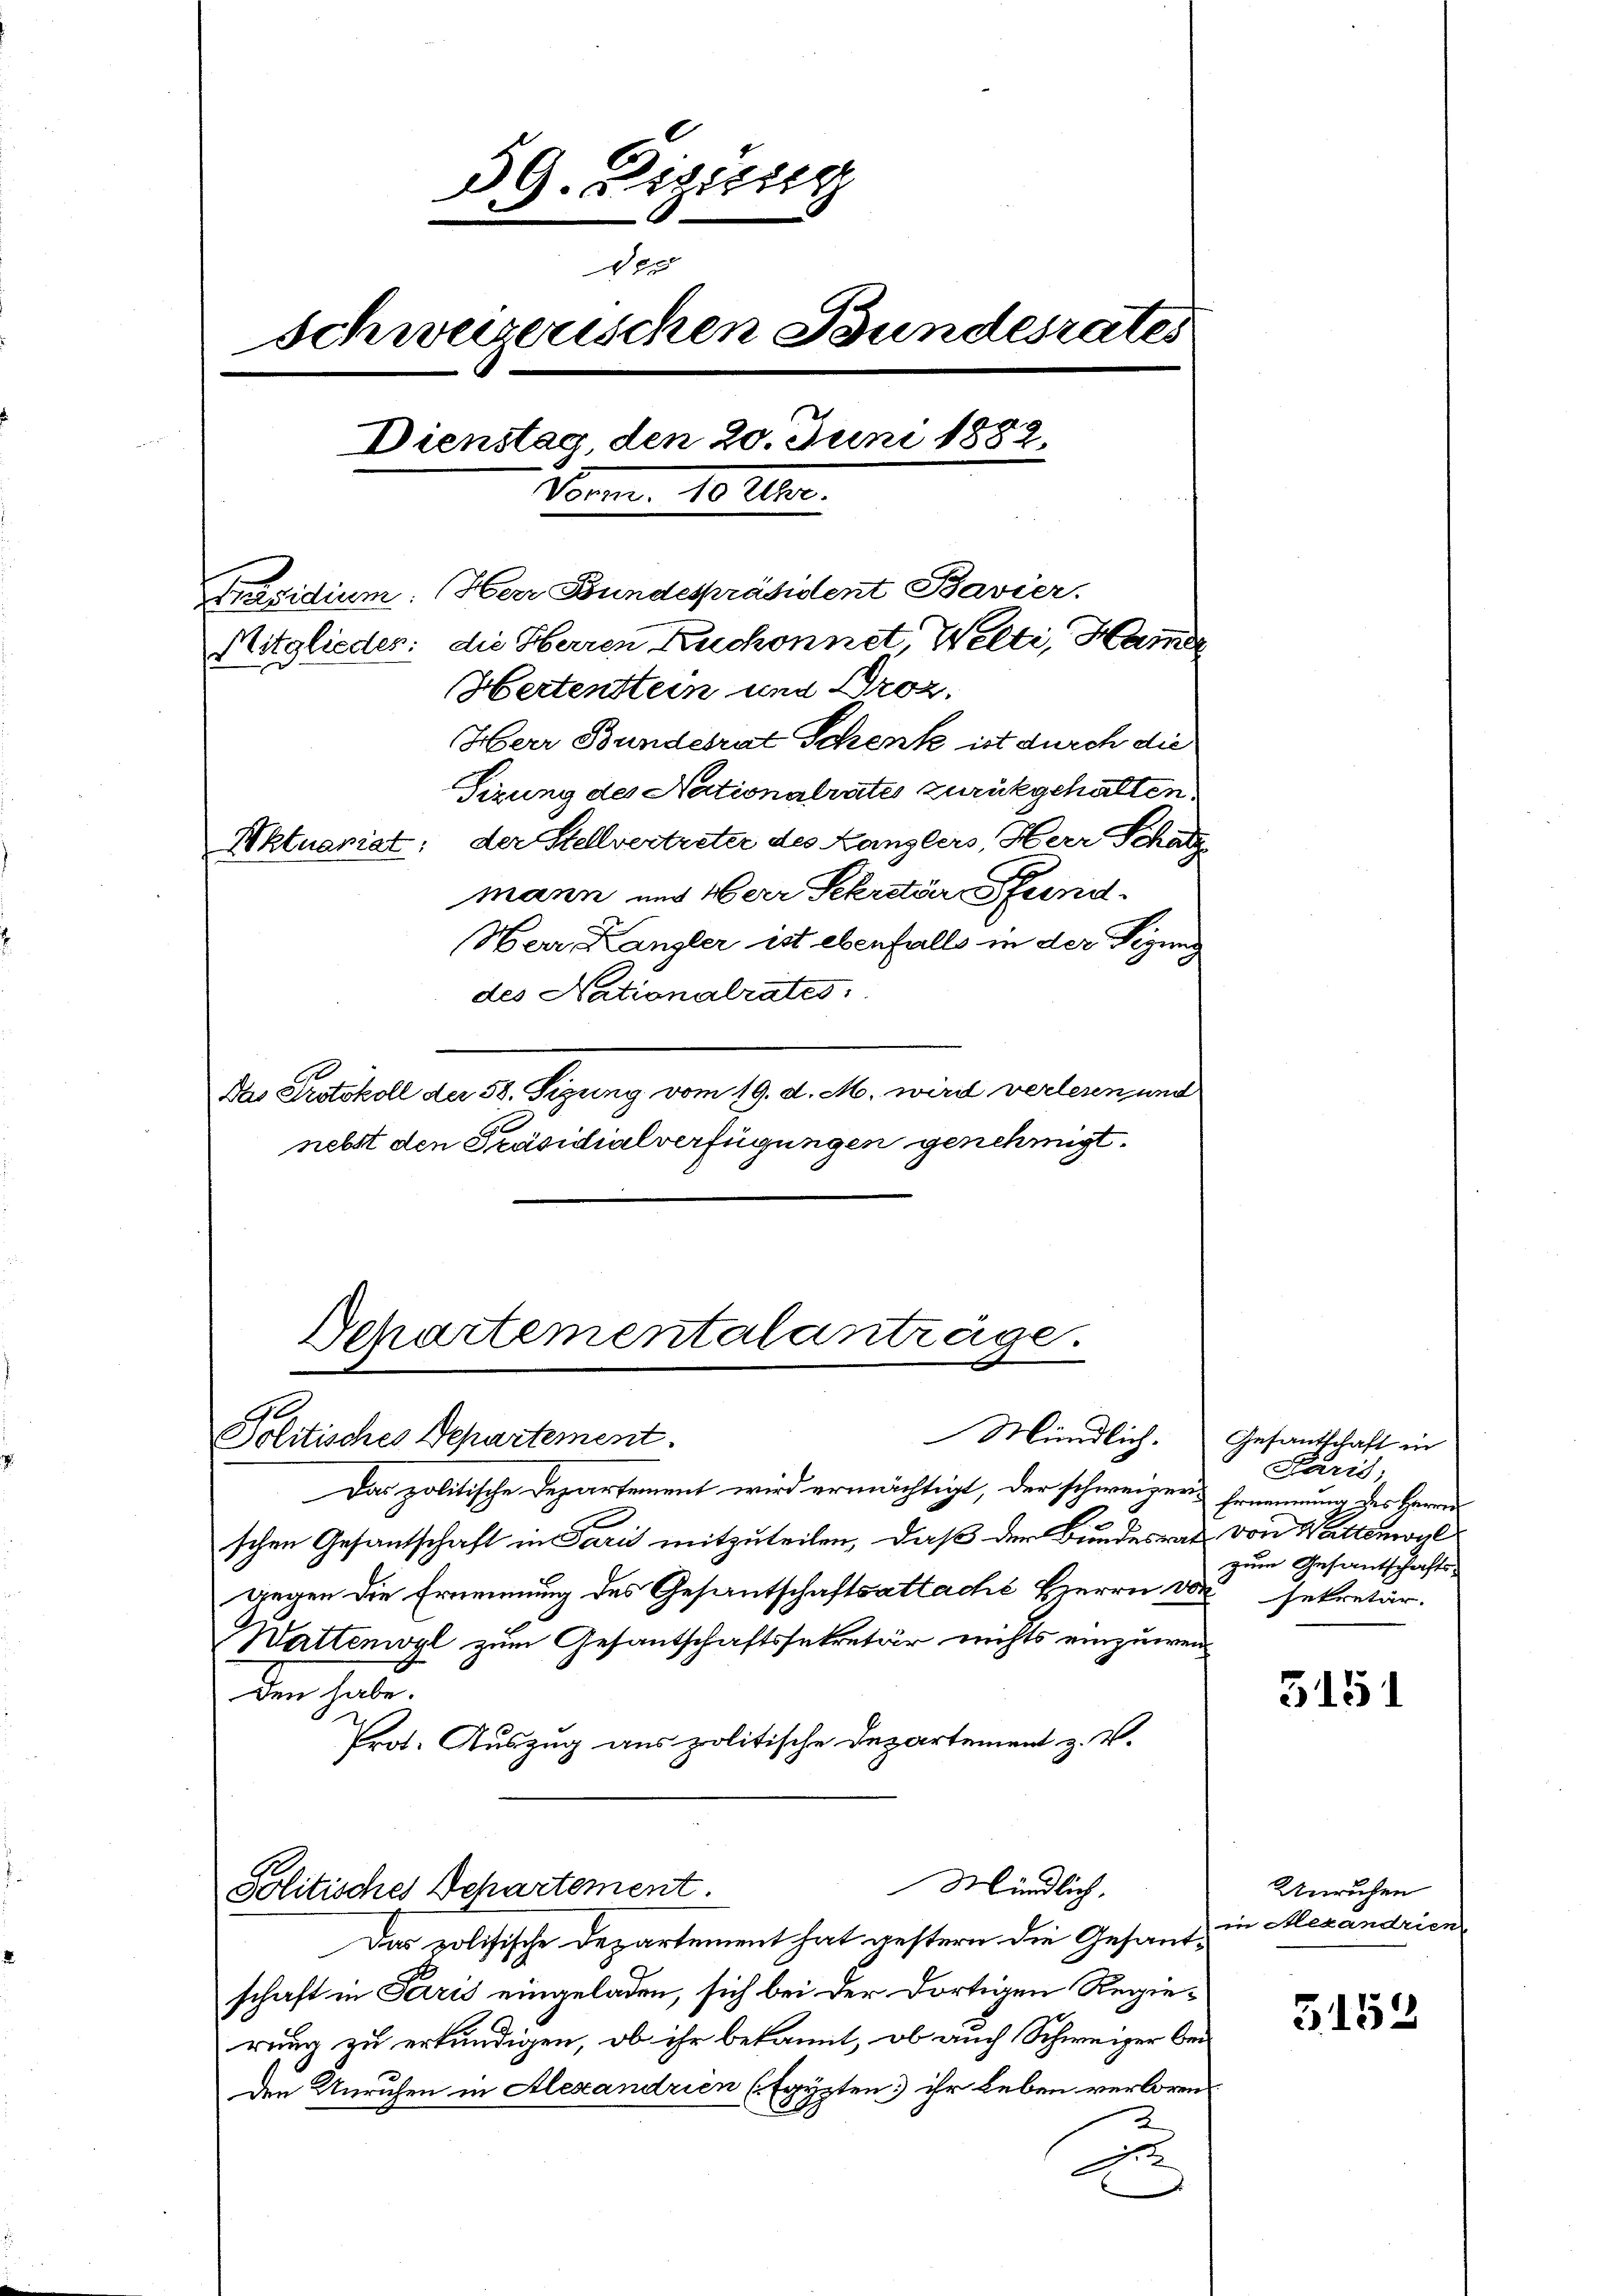
59. Diezing
der
Schweizerischen Bundesrates
Dienstag, den 20. Juni 1882.
Vorm. 10 Uhr.
Präsidium. Herr Bundespräsident Bavier.
Mitglieder: die Herren Ruchonnet, Welti, Hamer
Hertenstein und Droz.
Herr Bundesrat Schenk ist durch die
Sizung des Nationalrates zurükgehalten.
Aktuariat: der Stellvertreter des Kanzlers, Herr Schatz
mann und Herr Sekretär Pfand.

Herr Kanzler ist ebenfalls in der Tegung
des Nationalrates
Das Protokoll der 58. Sizung vom 19. d. M. wird verlesen und
nebst den Präsidialverfügungen genehmigt.

Schartementalanträge.
d
Mündlich.
Politisches Departement.

Das politische Departement wird ermächtigt, der schweizen Ernennung des Herrn
schen Gesantschaft in Paris mitzuteilen, daß der Bundesrat von Wettswohl
gegen die Erümmung des Gesantschaftsattache Herrn vor sekretär.
Wattenwyl zum Gesantschaftssekretär nichts einzuwenden habe.
Prot. Auszug aus politische Departement z. V.

Politisches Departement

Mündlich,

Das politische Departement hat gestern die Gesandschaft in Paris eingeladen, sich bei der dortigen Regierung zu erkundigen, ob ihr bekannt, ob auch Schweizer bei
den Unruhen in Alexandrien (Egypten ihr Leben verloren
E

Gesantschaft in
Paris,
zum Gesantschafts-

5151

Unruhen
in Mexandrien

G152